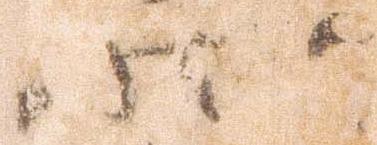
状